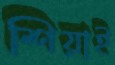
শিয়াই